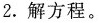
2.解方程。